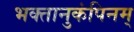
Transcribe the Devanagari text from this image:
भक्तानुकंपिनम्